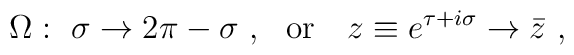
\Omega :\   \sigma \to 2\pi -\sigma\ , \ \ {\rm or}\ \  \ z \equiv e^{\tau +i\sigma} \to \bar z \ ,